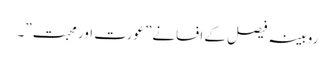
روبینہ فیصل کے افسانے” عورت اور محبت”۔